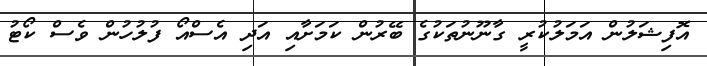
އޮފިޝަލުން އަމަލުކުރީ ގާނޫނުތަކުގެ ބޭރުން ކަމަށާއި އަދި އެސްއޯ ފުލުހުން ވެސް ކޯޓު